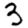
Digit: 3